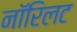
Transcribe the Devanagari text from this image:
नॉरिलट